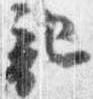
記